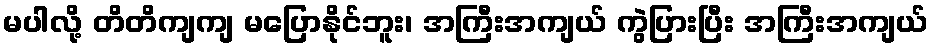
မပါလို့ တိတိကျကျ မပြောနိုင်ဘူး၊ အကြီးအကျယ် ကွဲပြားပြီး အကြီးအကျယ်